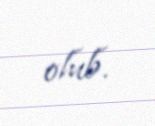
olub.